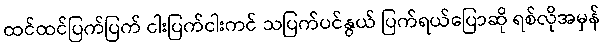
ထင်ထင်ပြက်ပြက် ငါးပြက်ငါးကင် သပြက်ပင်နွယ် ပြက်ရယ်ပြောဆို ရစ်လိုအမှန်